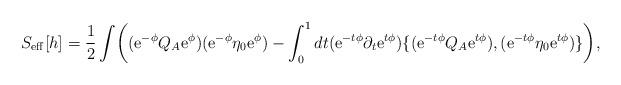
LaTeX: \begin{align*}S_{\rm eff}[h]= {1 \over 2} \int \biggl( ({\rm e}^{-\phi} Q_A {\rm e}^{\phi})({\rm e}^{-\phi} \eta_0 {\rm e}^{\phi})-\int_0^1 dt ({\rm e}^{-t\phi} \partial_t {\rm e}^{t\phi})\{ ({\rm e}^{-t\phi} Q_A {\rm e}^{t\phi}),({\rm e}^{-t\phi} \eta_0 {\rm e}^{t\phi}) \} \biggr),\end{align*}